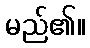
မည်၏။